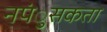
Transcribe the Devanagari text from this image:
नपंुसकता